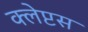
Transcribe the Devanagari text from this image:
क्लेप्टस